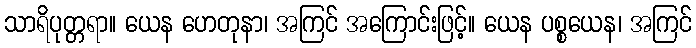
သာရိပုတ္တရာ။ ယေန ဟေတုနာ၊ အကြင် အကြောင်းဖြင့်။ ယေန ပစ္စယေန၊ အကြင်